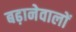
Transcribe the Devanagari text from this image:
बढ़ानेवालों